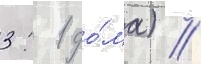
3: 1 до́ма) //